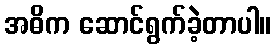
အဓိက ဆောင်ရွက်ခဲ့တာပါ။